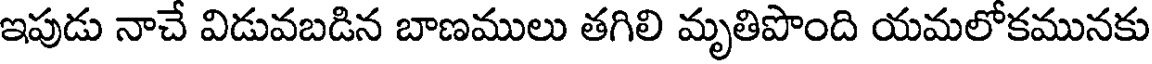
ఇపుడు నాచే విడువబడిన బాణములు తగిలి మృతిపొంది యమలోకమునకు